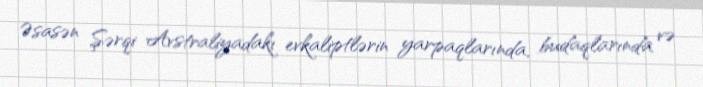
Əsasən Şərqi Avstraliyadakı evkaliptlərin yarpaqlarında, budaqlarında və